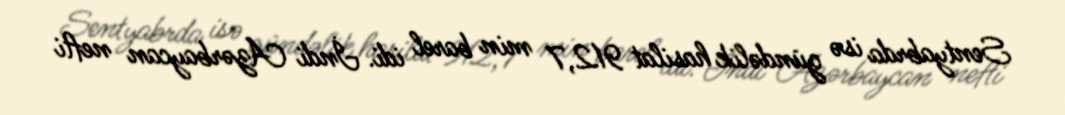
Sentyabrda isə gündəlik hasilat 912,7 min barel idi. İndi Azərbaycan nefti